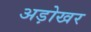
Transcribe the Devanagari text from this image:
अड़ोखर